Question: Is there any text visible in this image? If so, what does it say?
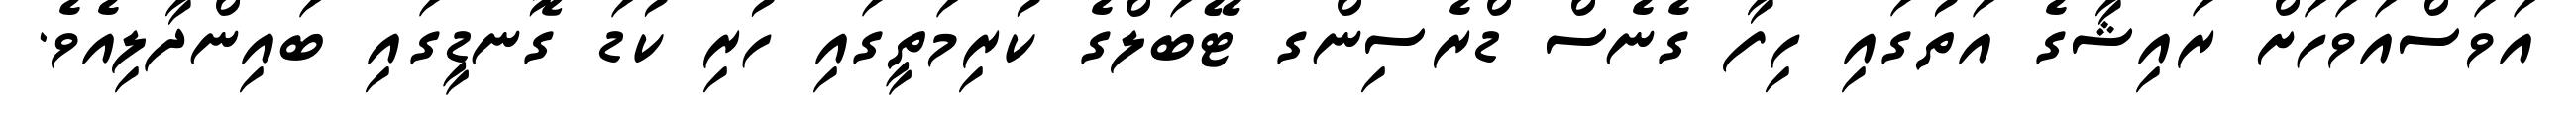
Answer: އަވަސްއަވަހަށް ރައިޝާގެ އަތުގައި ހިފާ ގެނެސް ޑްރެސިންގ ޓޭބަލްގެ ކުރިމަތީގައި ހުރި ކުޑަ ގޮނޑީގައި ބައިންދާލިއެވެ.